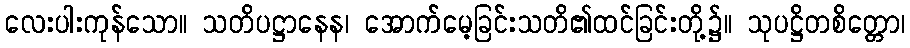
လေးပါးကုန်သော။ သတိပဋ္ဌာနေန၊ အောက်မေ့ခြင်းသတိ၏ထင်ခြင်းတို့၌။ သုပဋ္ဌိတစိတ္တော၊